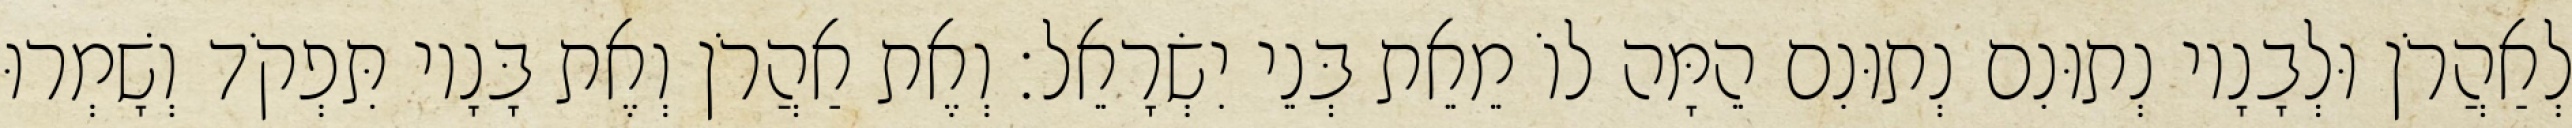
לְאַהֲרֹן וּלְבָנָיו נְתוּנִם נְתוּנִם הֵמָּה לוֹ מֵאֵת בְּנֵי יִשְׂרָאֵל׃ וְאֶת אַהֲרֹן וְאֶת בָּנָיו תִּפְקֹד וְשָׁמְרוּ